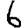
Digit: 6